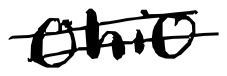
Text: Ohio
Cross-out: double-line
Writing tool: digital_black